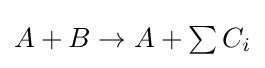
\textstyle A+B\rightarrow A+\sum C_{i}